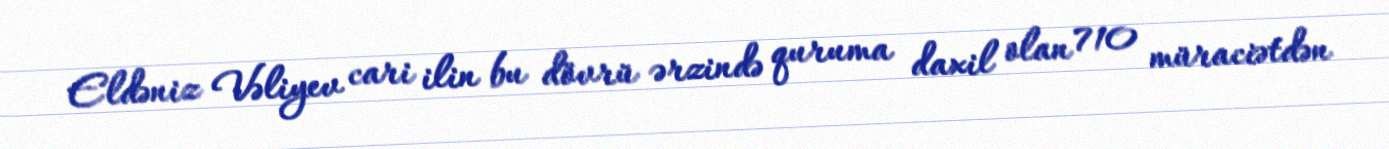
Eldəniz Vəliyev cari ilin bu dövrü ərzində quruma daxil olan 710 müraciətdən